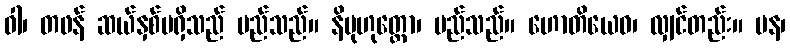
ဝါ၊ တဖန် ဆယ်နှစ်မရှိသည် မည်သည်။ နိမုဟုတ္တော၊ မည်သည်။ ဟောတိယေဝ၊ လျှင်တည်း။ ပန၊